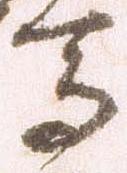
馬